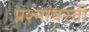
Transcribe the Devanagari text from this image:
प्रश्नांवरती